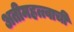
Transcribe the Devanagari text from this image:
अतीमहत्त्वाची